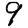
Digit: 9